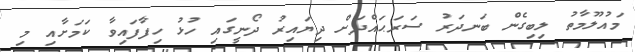
މައުލޫމާތު ލިބިގެން ބަނދަރު ސަރަޙައްދަށް ދިޔައިރު ދޯނީގައި ހުޅު ހިފާފައިވާ ކަމަށާއި މި